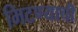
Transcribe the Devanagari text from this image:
मिटण्याची